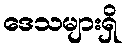
ဒေသများရှိ